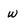
Character: w